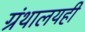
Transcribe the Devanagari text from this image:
ग्रंथालयही